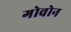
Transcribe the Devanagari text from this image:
गोवोन